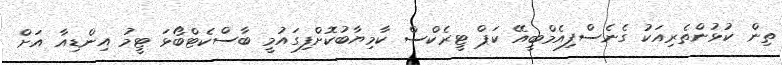
ތިން ކުޅުންތެރިއަކު ގެނެސްފިއެމްބީއޭ ކަޕް ޓީރެކްސް ކާމިޔާބުކޮށްފިގައުމީ ބާސްކެޓްބޯޅަ ޓީމު އިންޑިއާ އަށް